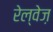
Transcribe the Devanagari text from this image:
रेल्वेज़